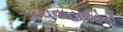
કચવાહાઓએ